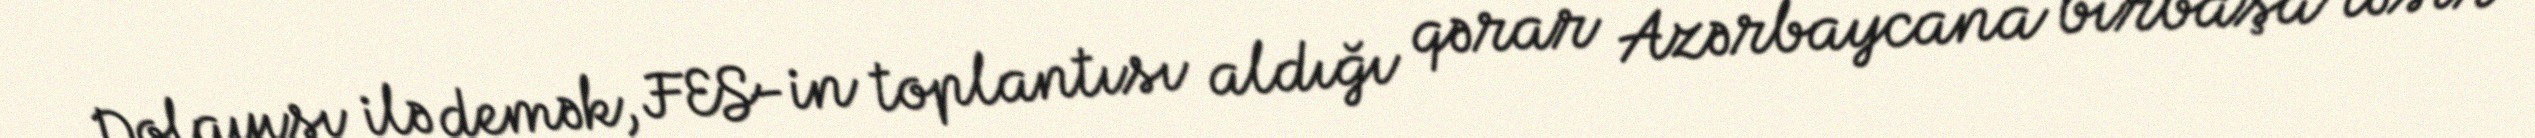
Dolayısı ilə demək, FES-in toplantısı aldığı qərar Azərbaycana birbaşa təsir